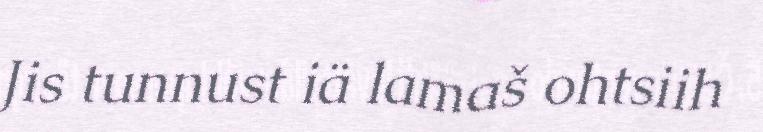
Jis tunnust iä lamaš ohtsiih